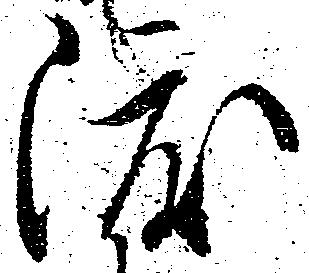
渡